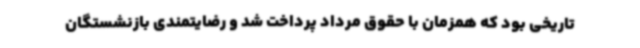
تاریخی بود که همزمان با حقوق مرداد پرداخت شد و رضایتمندی بازنشستگان